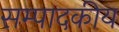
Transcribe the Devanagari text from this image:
सम्‍पादकीय